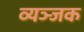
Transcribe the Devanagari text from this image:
व्यञ्जक